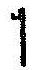
1